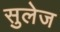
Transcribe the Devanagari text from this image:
सुलेज